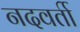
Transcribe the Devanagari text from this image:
नदवर्ती